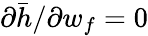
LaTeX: \partial\bar{h}/\partial w_{f}=0